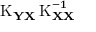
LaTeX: \operatorname { K } _ { \mathbf { Y X } } \operatorname { K } _ { \mathbf { X X } } ^ { - 1 }